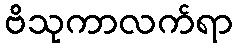
ဗိသုကာလက်ရာ